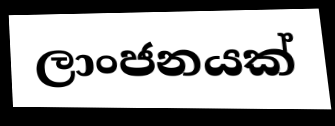
ලාංජනයක්